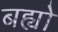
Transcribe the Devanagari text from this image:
बह्यो